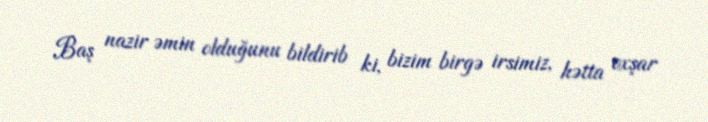
Baş nazir əmin olduğunu bildirib ki, bizim birgə irsimiz, hətta oxşar